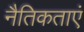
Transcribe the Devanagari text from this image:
नैतिकताएं